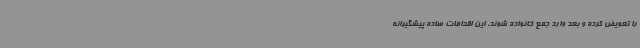
را تعویض کرده و بعد وارد جمع خانواده شوند، این اقدامات ساده پیشگیرانه